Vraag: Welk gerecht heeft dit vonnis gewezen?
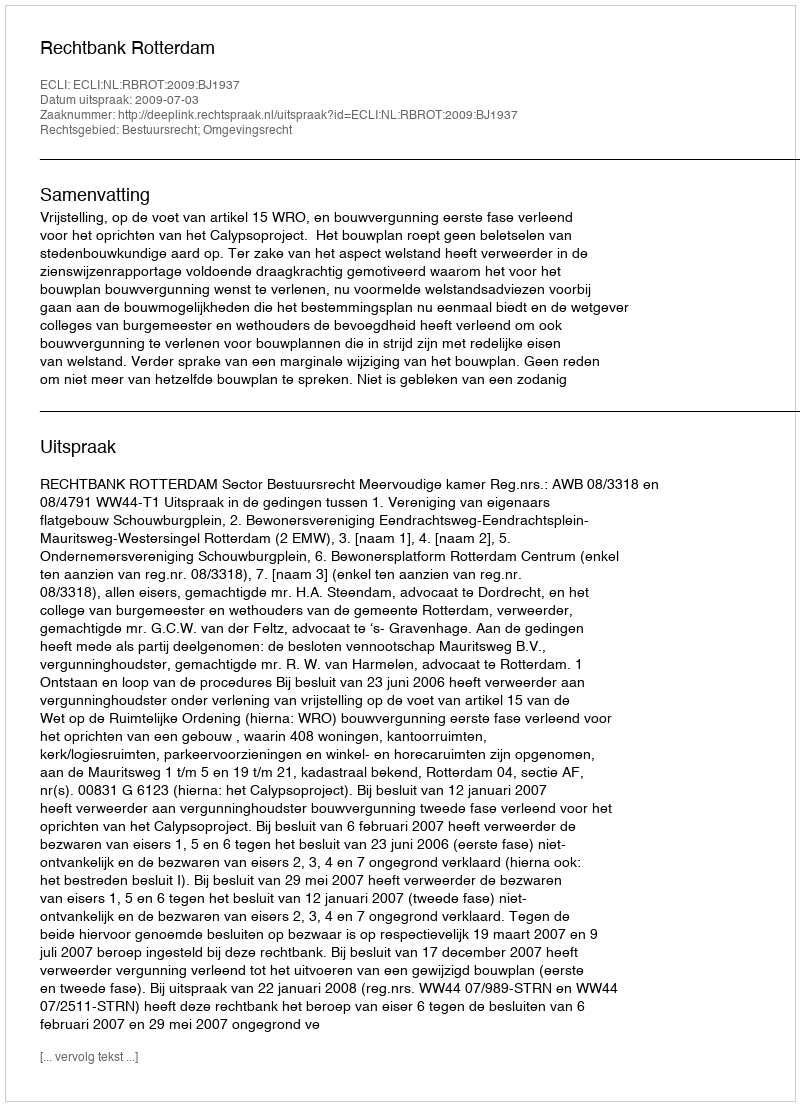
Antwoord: Rechtbank Rotterdam